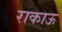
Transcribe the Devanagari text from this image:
राकाऊ